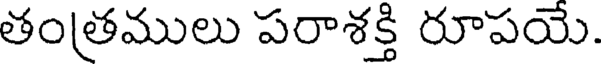
తంత్రములు పరాశక్తి రూపయె.